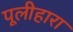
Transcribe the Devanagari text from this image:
पूलीहारा